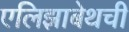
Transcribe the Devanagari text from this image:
एलिझाबेथची